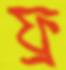
ফ্র